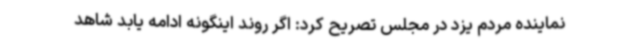
نماینده مردم یزد در مجلس تصریح کرد: اگر روند اینگونه ادامه یابد شاهد